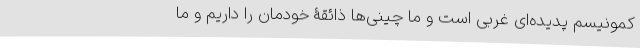
کمونیسم پدیده‌ای غربی است و ما چینی‌ها ذائقۀ خودمان را داریم و ما